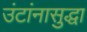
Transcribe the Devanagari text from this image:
उंटांनासुद्धा